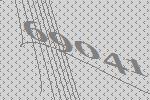
69041